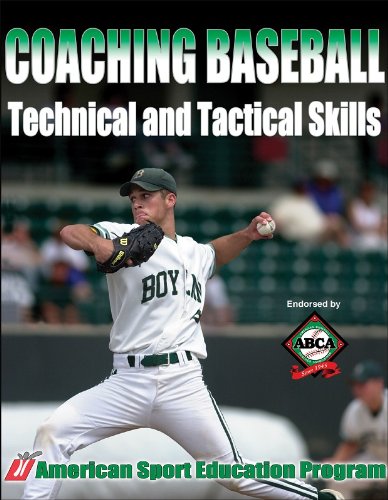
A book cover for Coaching Baseball Technical and Tactical Skills (Technical and Tactical Skills Series); American Sport Education Program; Sports & Outdoors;